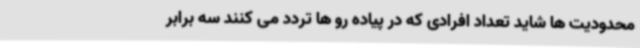
محدودیت ها شاید تعداد افرادی که در پیاده رو ها تردد می کنند سه برابر